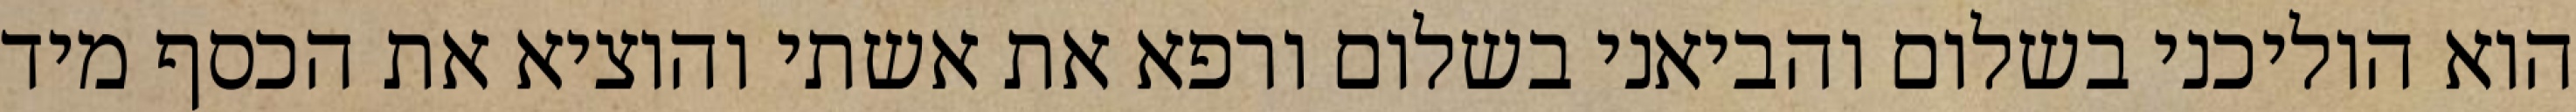
הוא הוליכני בשלום והביאני בשלום ורפא את אשתי והוציא את הכסף מיד